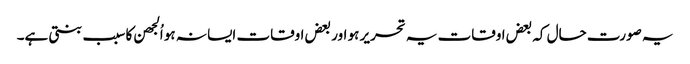
یہ صورت حال کہ بعض اوقات یہ تحریر ہو اور بعض اوقات ایسا نہ ہو اُلجھن کا سبب بنتی ہے۔